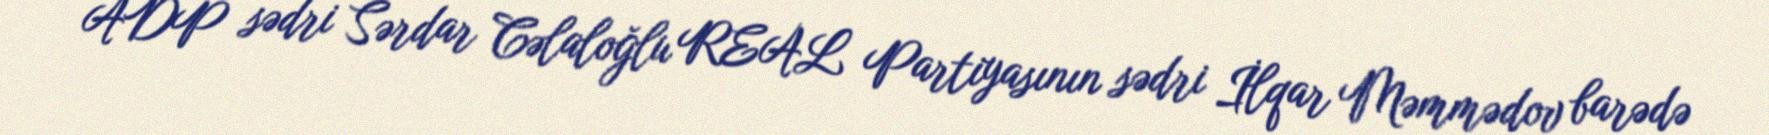
ADP sədri Sərdar Cəlaloğlu REAL Partiyasının sədri İlqar Məmmədov barədə